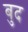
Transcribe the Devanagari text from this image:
बुद